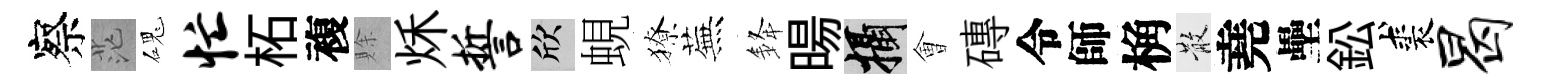
察茫磈忙柘複賖秌誓欣蜆獠蕪𨦟暘攝㑹磚令師桷散堯壘鈆裘曷